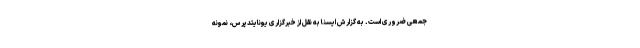
جمعی ضروری است. به گزارش ایسنا به نقل از خبرگزاری یونایتدپرس، نمونه